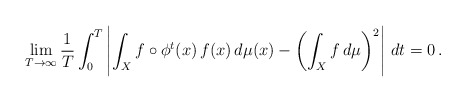
\begin{align*}\lim_{T\to\infty}\frac{1}{T}\int_0^T\left|\int_X f\circ\phi^t(x)\,f(x)\,d\mu(x)-\left(\int_X f\,d\mu\right)^2\right|\,dt =0\,.\end{align*}